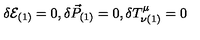
\delta { \cal { E } } _ { ( 1 ) } = 0 , \delta \vec { { P } } _ { ( 1 ) } = 0 , \delta { T } ^ { \mu } _ { \nu ( 1 ) } = 0